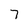
Character: 7